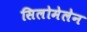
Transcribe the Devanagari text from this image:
सिलोमेलेन